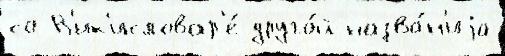
со В'ик'исловар'е́ друго́й назва́н'иjа